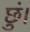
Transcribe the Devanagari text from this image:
छुं।